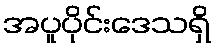
အပူပိုင်းဒေသရှိ